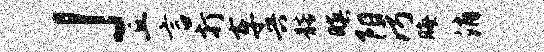
」丘言打车兴髂暝阳污晦消